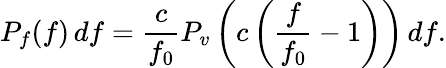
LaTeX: P_{f}(f)\, df={\frac{c}{f_{0}}}P_{v}\left(c\left({\frac{f}{f_{0}}}-1\right)\right)\, df.